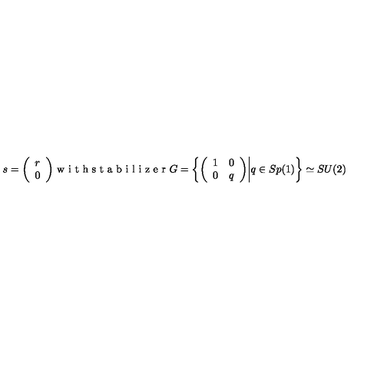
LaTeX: s = \bigg ( \begin{array} { c } { r } \\ { 0 } \\ \end{array} \bigg ) \textrm { w i t h s t a b i l i z e r } G = \bigg \{ \bigg ( \begin{array} { c c } { 1 } & { 0 } \\ { 0 } & { q } \\ \end{array} \bigg ) \bigg | q \in S p ( 1 ) \bigg \} \simeq S U ( 2 )